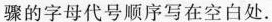
骤，将各步骤的字母代号顺序写在空白处.